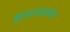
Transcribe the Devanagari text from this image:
द्वीपकल्पाजवळ